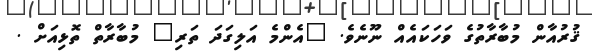
ޤުރުއާން މުބާރާތުގެ ވަހަކައެއް ނޫނެވެ. "އެންމެ އަލިގަދަ ތަރި" މުބާރާތް ތޮޅިއަށް .